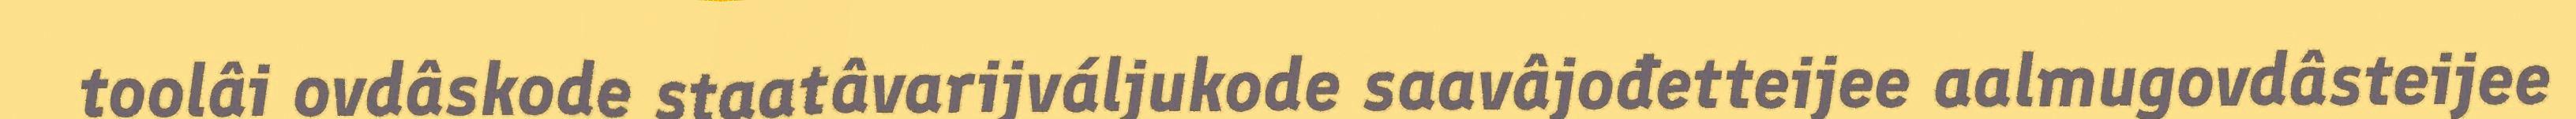
toolâi ovdâskode staatâvarijváljukode saavâjođetteijee aalmugovdâsteijee